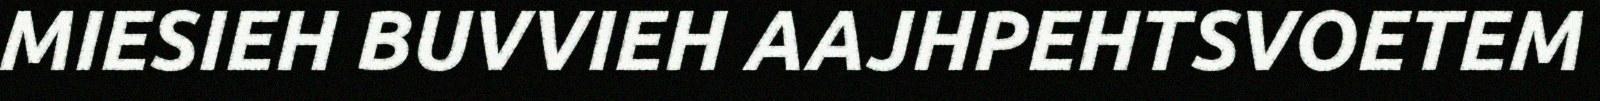
MIESIEH BUVVIEH AAJHPEHTSVOETEM